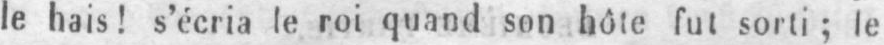
le hais! s’écria le roi quand son hôte fut sorti; le